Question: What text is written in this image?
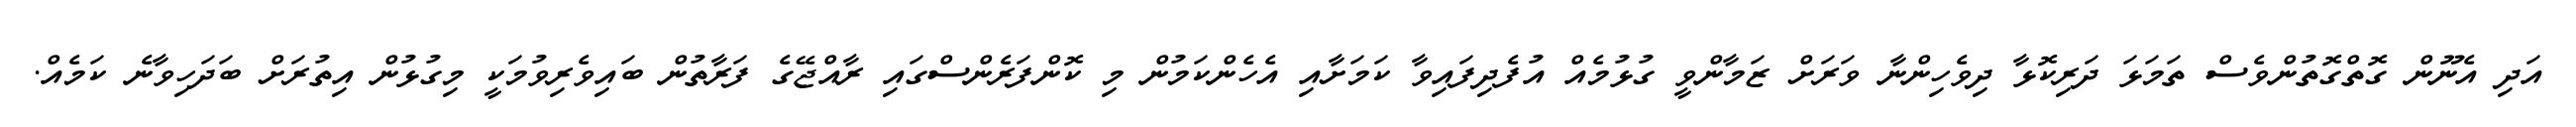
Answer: އަދި އެނޫން ގޮތްގޮތުންވެސް ތަމަޅަ ދަރިކޮޅާ ދިވެހިންނާ ވަރަށް ޒަމާންވީ ގުޅުމެއް އުފެދިފައިވާ ކަމަށާއި އެހެންކަމުން މި ކޮންފަރެންސްގައި ރާއްޖޭގެ ފަރާތުން ބައިވެރިވުމަކީ މިގުޅުން އިތުރަށް ބަދަހިވާނެ ކަމެއް.